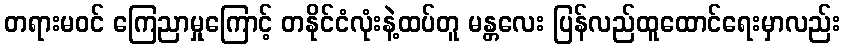
တရားမဝင် ကြေညာမှုကြောင့် တနိုင်ငံလုံးနဲ့ထပ်တူ မန္တလေး ပြန်လည်ထူထောင်ရေးမှာလည်း